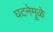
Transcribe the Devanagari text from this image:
घटनेमूळे